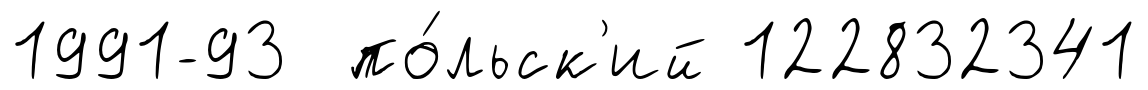
1991-93 по́льск'ий 122832341